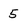
Character: 5